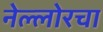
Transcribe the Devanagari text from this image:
नेल्लोरचा